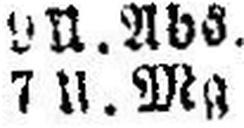
7 II. Mg